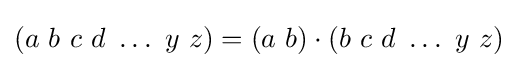
(a~b~c~d~\ldots ~y~z)=(a~b)\cdot (b~c~d~\ldots ~y~z)